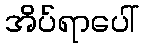
အိပ်ရာပေါ်